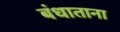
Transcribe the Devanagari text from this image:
बंधाताना